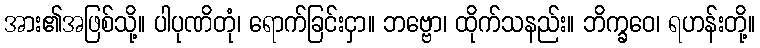
အား၏အဖြစ်သို့။ ပါပုဏိတုံ၊ ရောက်ခြင်းငှာ။ ဘဗ္ဗော၊ ထိုက်သနည်း။ ဘိက္ခဝေ၊ ရဟန်းတို့။